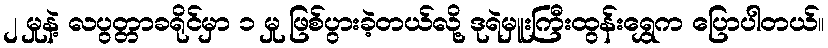
၂ မှုနဲ့ လပွတ္တာခရိုင်မှာ ၁ မှု ဖြစ်ပွားခဲ့တယ်လို့ ဒုရဲမှူးကြီးထွန်းရွှေက ပြောပါတယ်။